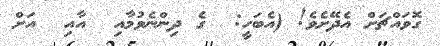
ގޮވައްޗަށް އެދޭށެވެ! (އެބަހީ:  ގެ ދިންނެވުމާއި  އާއި  އަށް